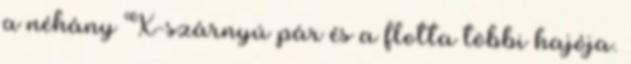
a néhány X-szárnyú pár és a flotta többi hajója.